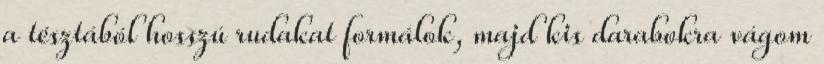
a tésztából hosszú rudakat formálok, majd kis darabokra vágom